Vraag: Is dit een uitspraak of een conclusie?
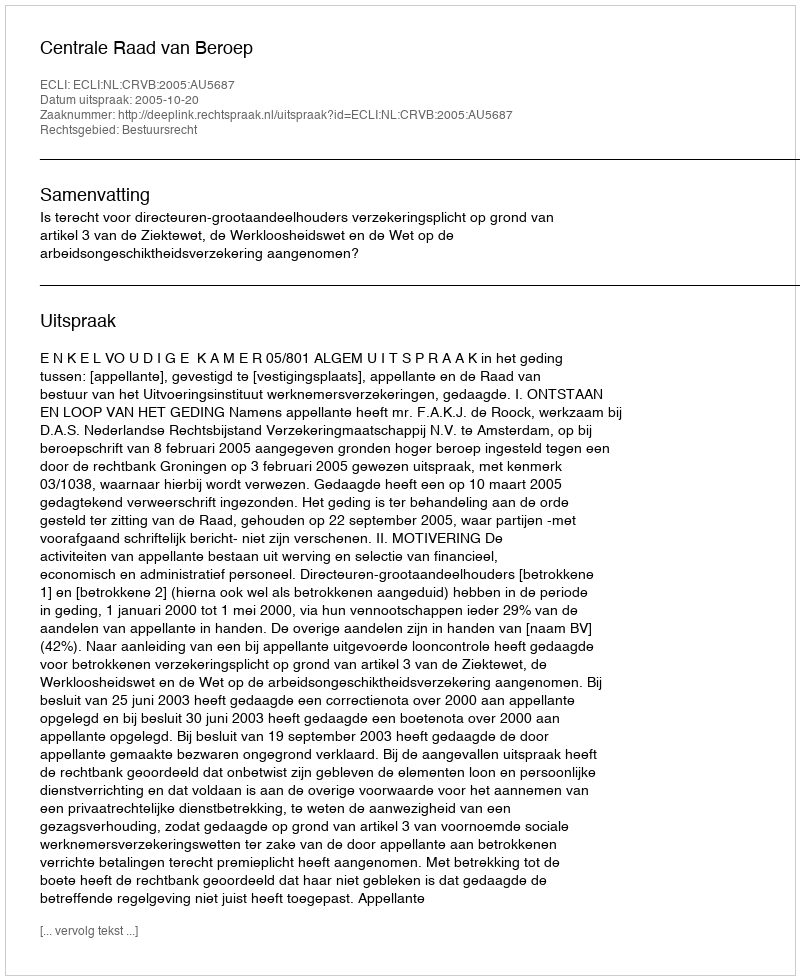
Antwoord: Uitspraak